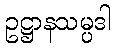
ဥဋ္ဌာနသမ္ပဒါ